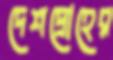
দেশদ্রোহের